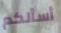
أسألكم